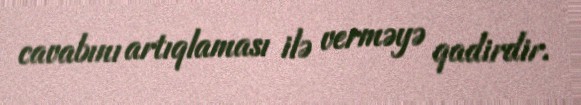
cavabını artıqlaması ilə verməyə qadirdir.